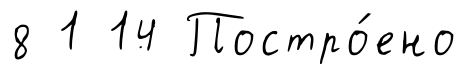
8 1 14 Постро́ено